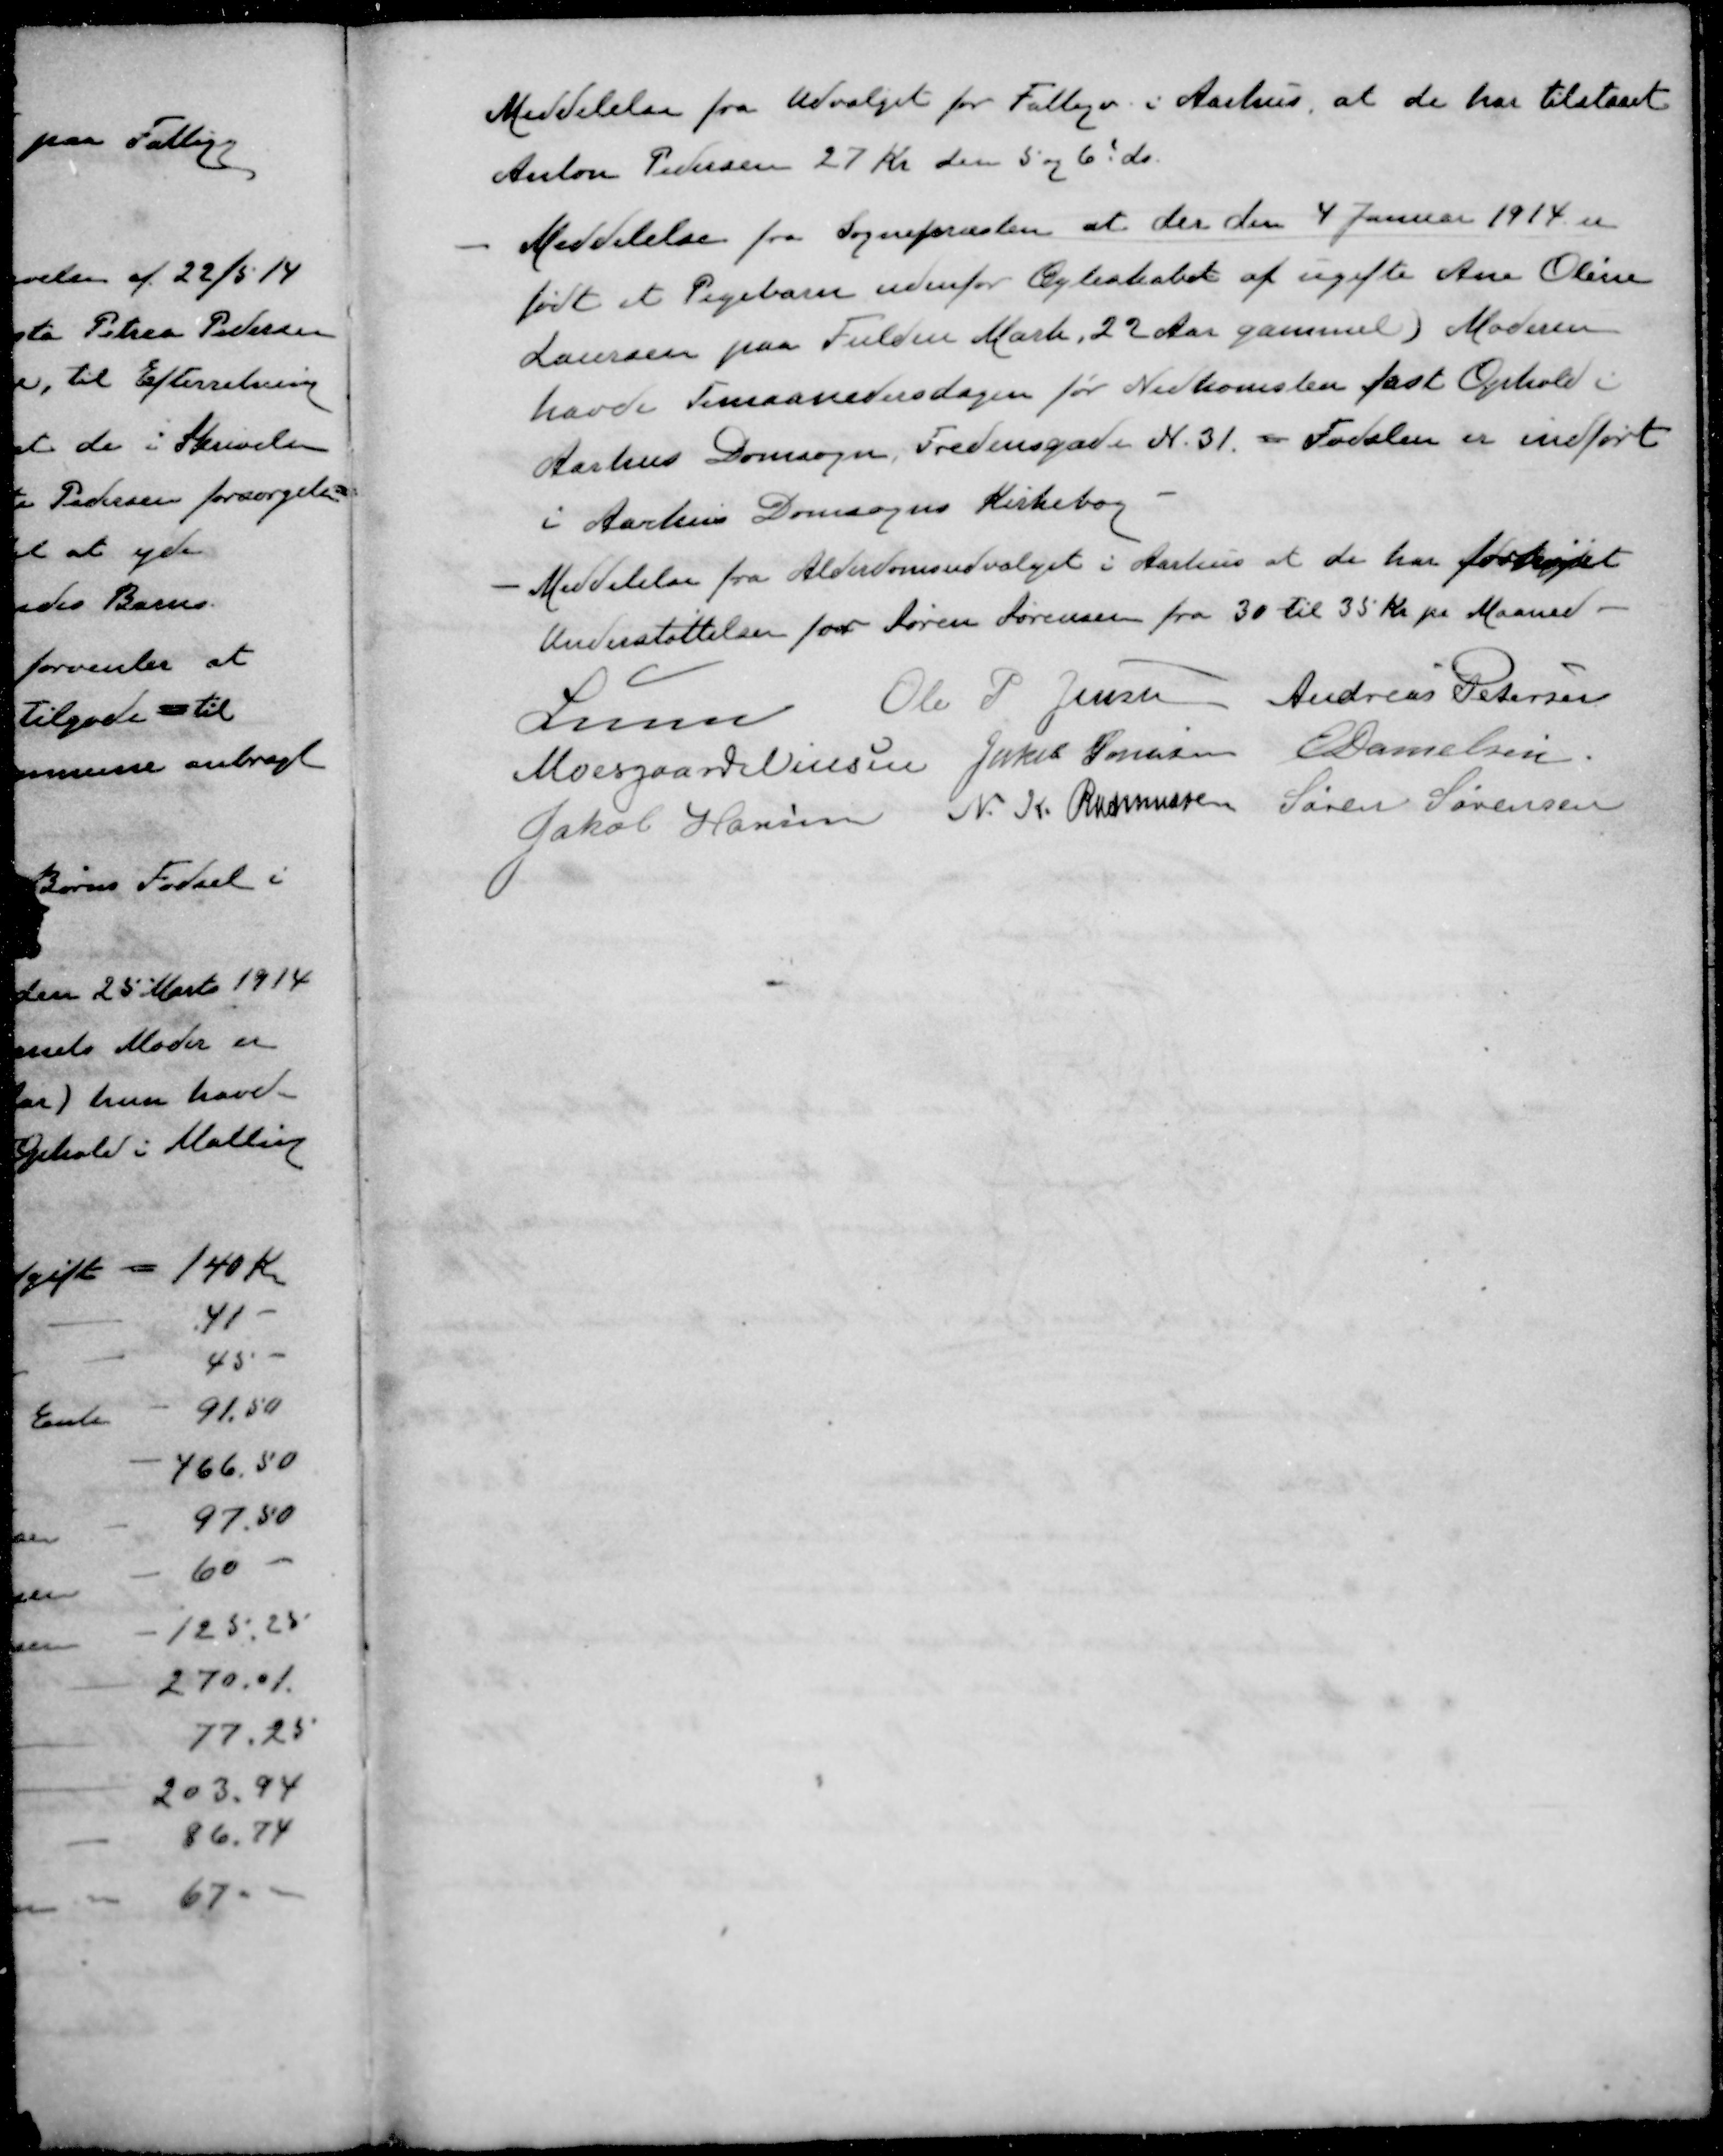
Transskription:
Meddelelse fra Udvalget for Fattigv i Aarhus, at de har tilstaaet
Anton Pedersen 27 Kr den 5 og 6' ds.
- Meddelelse fra Sognepræsten at der den 4 Januar 1914 er
født et Pigebarn udenfor Ægteskab af ugifte Ane Olse
Laursen paa Fulden Mark, 22 Aar gammel) Moderen
havde Timaanedersdagen for Nedkomsten fast Ophold i
Aarhus Domsogn, Fredensgade N. 31. - Fødslen er indført
i Aarhus Domsogns Kirkebog
- Meddelelse fra Alderdomsudvalget i Aarhus at de har forhøjet
Understøttelsen for Søren Sørensen fra 30 til 35 Kr pr Maaned
Lunn
Ole P Jensen
Andreas Petersen
Moesgaard Nielsen
Jakob Sørensen
E Danielsen
Jakob Hansen
N. K. Rasmussen
Søren Sørensen